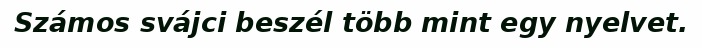
Számos svájci beszél több mint egy nyelvet.